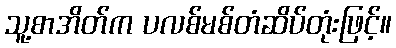
သူ့စာအိတ်က ပလစ်မစ်တံဆိပ်တုံးဖြင့်။